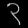
Digit: ၃